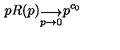
p R ( p ) _ { \stackrel { \displaystyle \longrightarrow } { p \rightarrow 0 } } p ^ { c _ { 0 } }